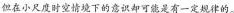
位在小尺度时空情境下的意识却可能是有一定规律的。